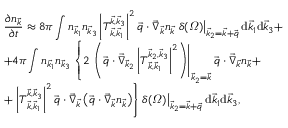
\begin{array} { l } { \displaystyle \frac { \partial n _ { \vec { k } } } { \partial t } \approx 8 \pi \int n _ { \vec { k } _ { 1 } } n _ { \vec { k } _ { 3 } } \left| T _ { \vec { k } , \vec { k } _ { 1 } } ^ { \vec { k } , \vec { k } _ { 3 } } \right| ^ { 2 } \vec { q } \cdot \vec { \nabla } _ { \vec { k } } n _ { \vec { k } } \left. \delta ( \varOmega ) \right| _ { \vec { k } _ { 2 } = \vec { k } + \vec { q } } \mathrm d \vec { k } _ { 1 } \mathrm d \vec { k } _ { 3 } + } \\ { \displaystyle + 4 \pi \int n _ { \vec { k } _ { 1 } } n _ { \vec { k } _ { 3 } } \left\{ 2 \left. \left( \vec { q } \cdot \vec { \nabla } _ { \vec { k } _ { 2 } } \left| T _ { \vec { k } , \vec { k } _ { 1 } } ^ { \vec { k } _ { 2 } , \vec { k } _ { 3 } } \right| ^ { 2 } \right) \right| _ { \vec { k } _ { 2 } = \vec { k } } \vec { q } \cdot \vec { \nabla } _ { \vec { k } } n _ { \vec { k } } + \right. } \\ { + \left. \left| T _ { \vec { k } , \vec { k } _ { 1 } } ^ { \vec { k } , \vec { k } _ { 3 } } \right| ^ { 2 } \vec { q } \cdot \vec { \nabla } _ { \vec { k } } \left( \vec { q } \cdot \vec { \nabla } _ { \vec { k } } n _ { \vec { k } } \right) \right\} \left. \delta ( \varOmega ) \right| _ { \vec { k } _ { 2 } = \vec { k } + \vec { q } } \mathrm d \vec { k } _ { 1 } \mathrm d \vec { k } _ { 3 } , } \end{array}